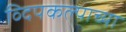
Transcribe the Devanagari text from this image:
व्दिपकल्पाच्या